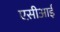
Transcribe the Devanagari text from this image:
एस़ीआई